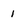
Character: 1